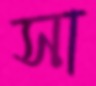
সা